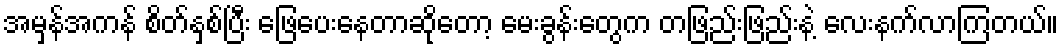
အမှန်အကန် စိတ်နှစ်ပြီး ဖြေပေးနေတာဆိုတော့ မေးခွန်းတွေက တဖြည်းဖြည်းနဲ့ လေးနက်လာကြတယ်။